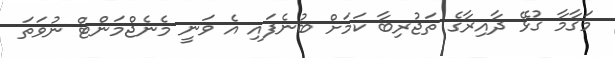
މަޤާމާ ގުޅޭ ދާއިރާގެ ތަޖުރިބާ ކަމަށް ބުނެފައި އެ ވަނީ މެނެޖްމަންޓް ނުވަތަ